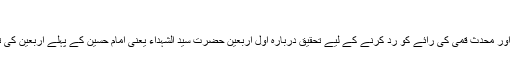
[10]
سید محمد علی قاضی طباطبائی نے محدث نوری اور محدث قمی کی رائے کو رد کرنے کے لیے تحقیق درباره اول اربعین حضرت سيد الشہداء یعنی امام حسین کے پہلے اربعین کی تحقیق کے عنوان سے مفصل کتاب تالیف کی ہے۔